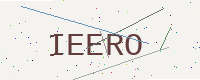
Text: IEERO